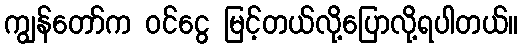
ကျွန်တော်က ဝင်ငွေ မြင့်တယ်လို့ပြောလို့ရပါတယ်။